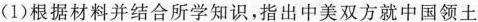
(1)根据材料并结合所学知识，指出中美双方就中国领土